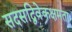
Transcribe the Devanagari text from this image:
सदसद्विवेकक्षमता